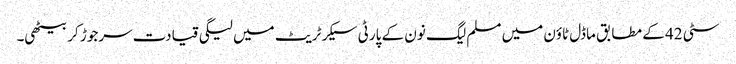
سٹی 42 کے مطابق ماڈل ٹاؤن میں مسلم لیگ نون کے پارٹی سیکرٹریٹ میں لیگی قیادت سرجوڑ کر بیٹھی۔